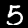
Digit: 5